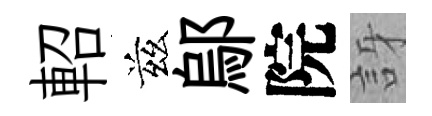
軺兹鄔院訝